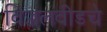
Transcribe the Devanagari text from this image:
विज्जलवीडचे